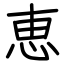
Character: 恵